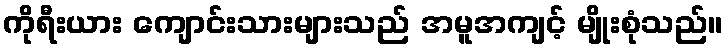
ကိုရီးယား ကျောင်းသားများသည် အမူအကျင့် မျိုးစုံသည်။